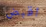
اقبض